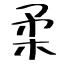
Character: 柔